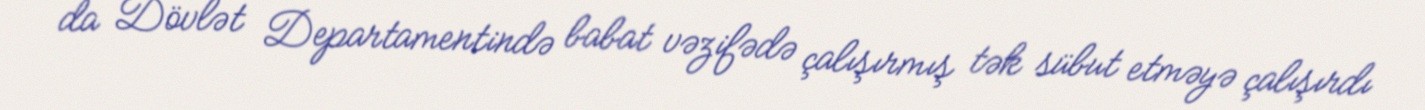
da Dövlət Departamentində babat vəzifədə çalışırmış tək sübut etməyə çalışırdı